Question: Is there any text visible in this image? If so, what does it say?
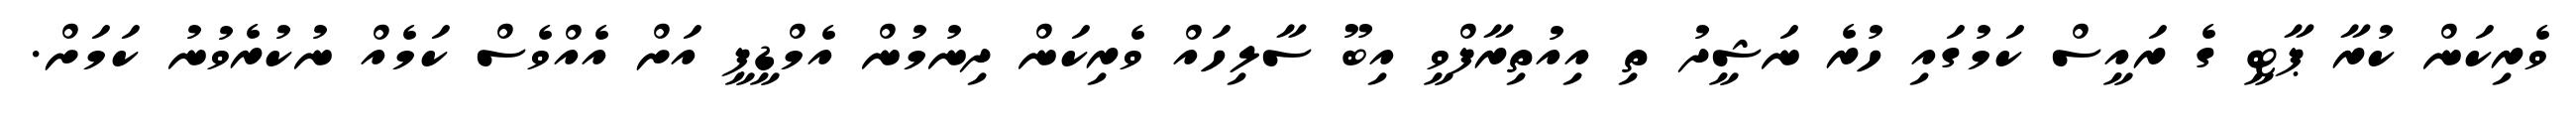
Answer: ވެރިކަން ކުރާ ޕާޓީ ގެ ރައީސް ކަމުގައި ހުރެ ނަޝީދު ތި އިއުތިރާފްވީ އިބޫ ސާލިހައް ވެރިކަން ދިނުމުން އެމްޑީޕީ އަށް އެއްވެސް ކަމެއް ނުކުރެވުނު ކަމަށް.